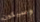
وسيكون